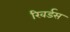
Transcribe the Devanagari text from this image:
रिवर्डस